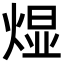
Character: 𬊭